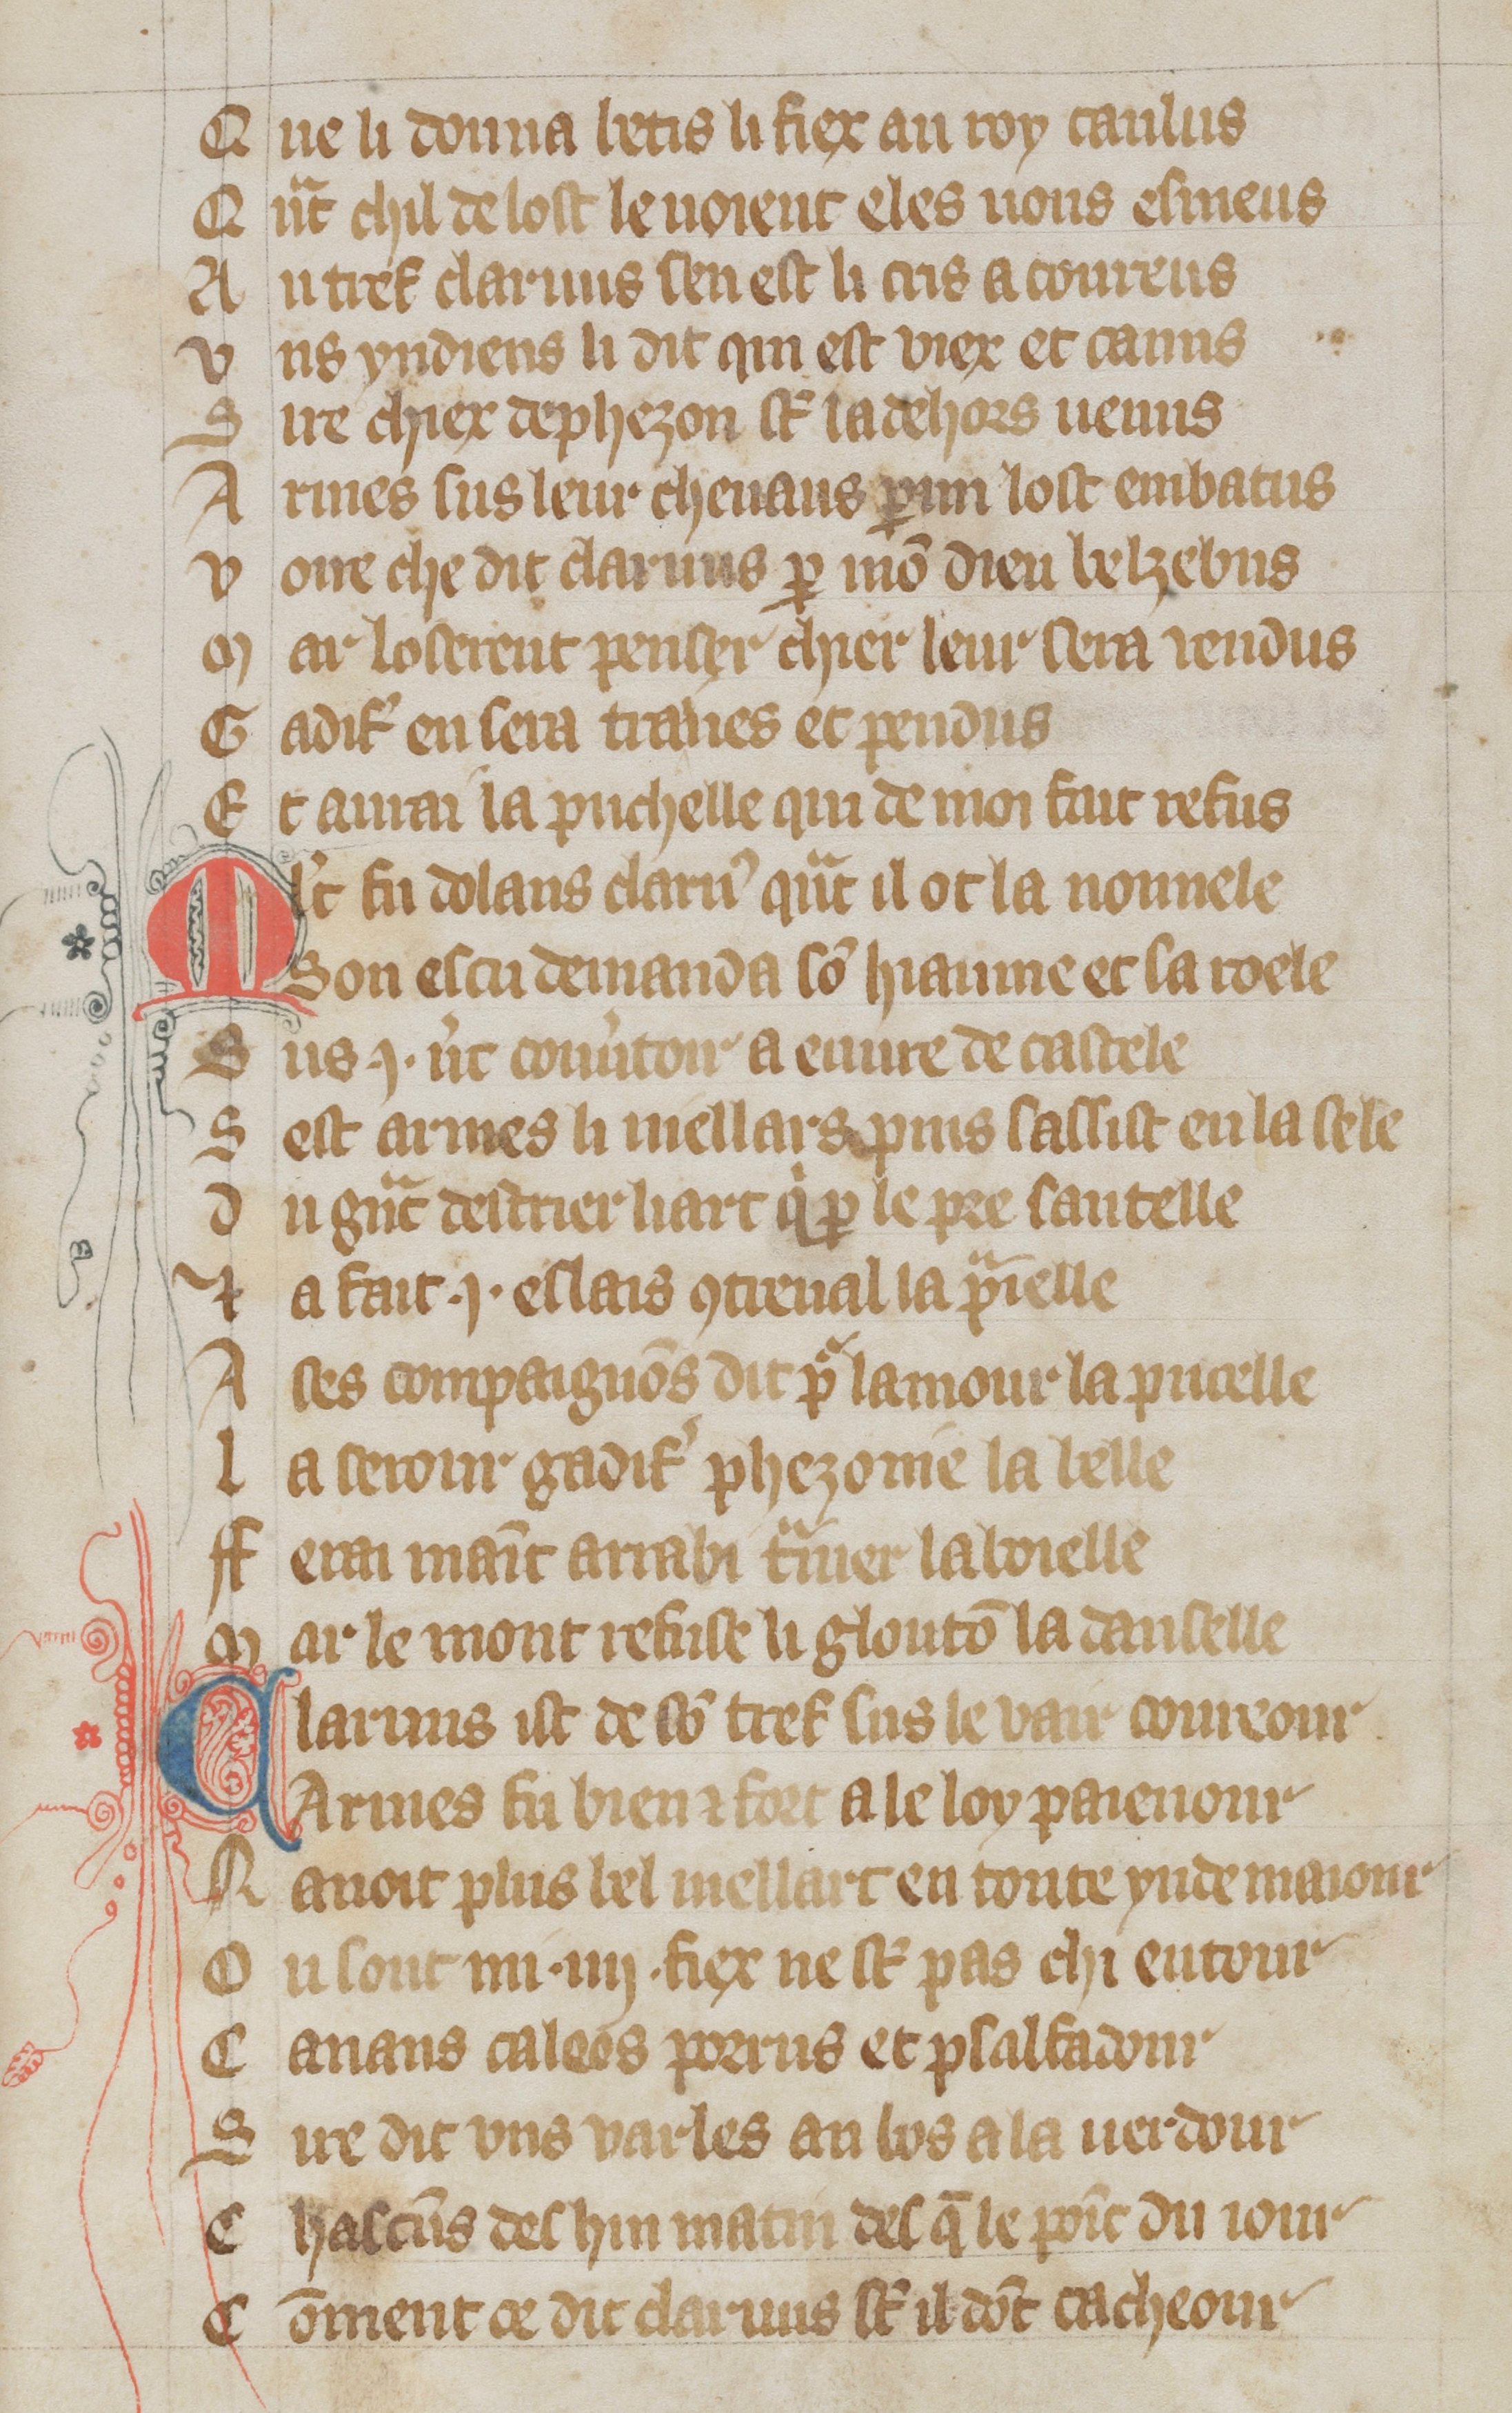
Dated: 1300–1330